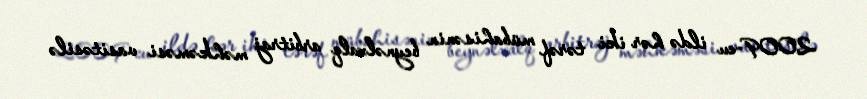
2009-cu ildə hər iki tərəf mübahisənin beynəlxalq arbitraj məhkəməsi vasitəsilə